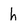
Character: h